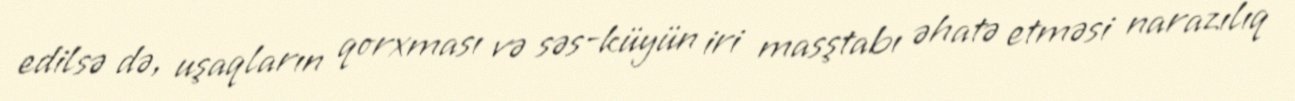
edilsə də, uşaqların qorxması və səs-küyün iri masştabı əhatə etməsi narazılıq